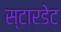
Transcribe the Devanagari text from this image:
स्टारडेट